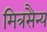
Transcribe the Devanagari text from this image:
मित्रसैन्य